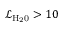
\mathcal { L } _ { \mathrm { { H _ { 2 } 0 } } } > 1 0